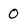
Character: 0